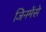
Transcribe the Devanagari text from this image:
जिनमेंसे